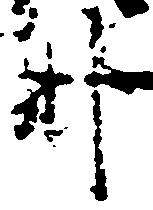
那